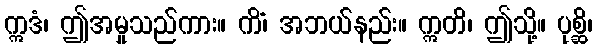
ဣဒံ၊ ဤအမှုသည်ကား။ ကိံ၊ အဘယ်နည်း။ ဣတိ၊ ဤသို့။ ပုစ္ဆိ၊